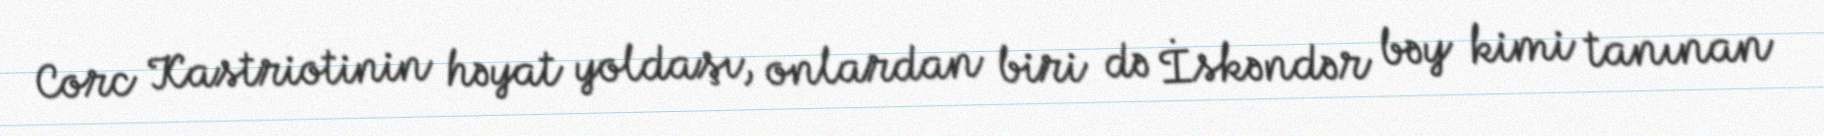
Corc Kastriotinin həyat yoldaşı, onlardan biri də İskəndər bəy kimi tanınan